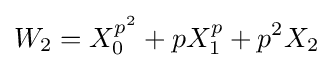
W_{2}=X_{0}^{p^{2}}+pX_{1}^{p}+p^{2}X_{2}